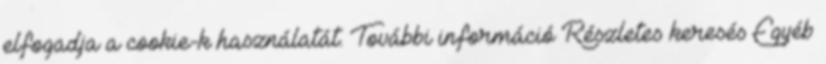
elfogadja a cookie-k használatát. További információ Részletes keresés Egyéb